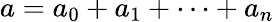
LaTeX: a=a_{0}+a_{1}+\cdots+a_{n}